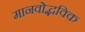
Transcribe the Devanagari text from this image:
मानवोद्भविक